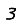
Digit: 3